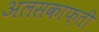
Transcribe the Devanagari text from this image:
अलसकाफ़ती